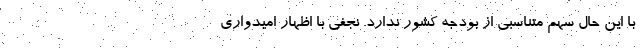
با این‌ حال سهم متناسبی از بودجه کشور ندارد. نجفی با اظهار امیدواری